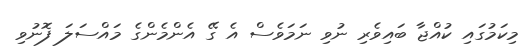
މިކަމުގައި ކުއްޖާ ބައިވެރި ނުވި ނަމަވެސް އެ ގޭ އެންމެންގެ މައްސަލަ ފޮނުވި